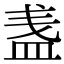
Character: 𥁫